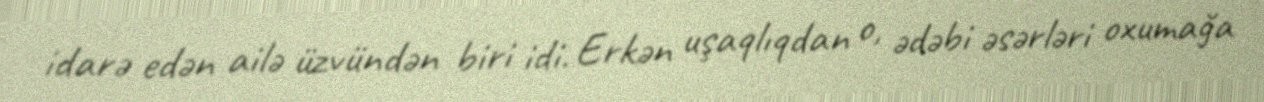
idarə edən ailə üzvündən biri idi. Erkən uşaqlıqdan o, ədəbi əsərləri oxumağa